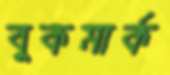
বুকমার্ক